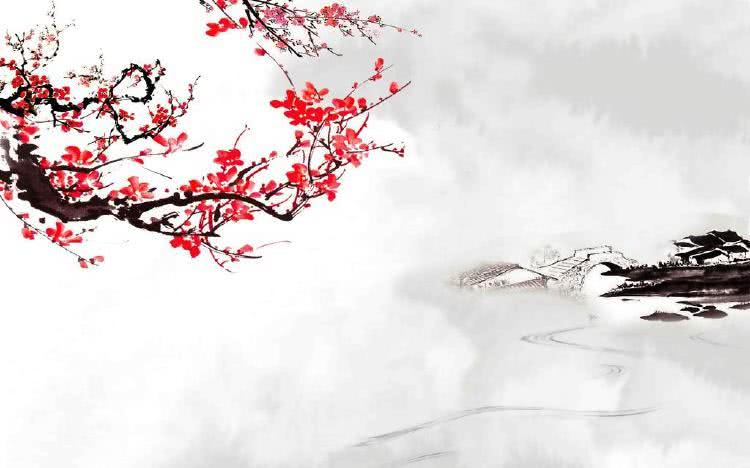
零落成泥碾作尘，只有香如故。